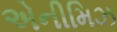
એનીમિઝ